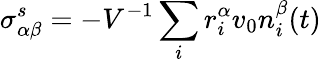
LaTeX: \sigma_{\alpha\beta}^{s}=-V^{-1}\sum_{i}r_{i}^{\alpha}v_{0}n_{i}^{\beta}(t)